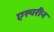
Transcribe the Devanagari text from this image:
एस्परीन